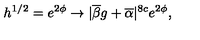
h ^ { 1 / 2 } = e ^ { 2 \phi } \rightarrow | \overline { { \beta } } g + \overline { { \alpha } } | ^ { 8 c } e ^ { 2 \phi } ,